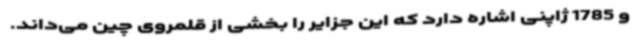
و 1785 ژاپنی اشاره دارد که این جزایر را بخشی از قلمروی چین می‌داند.